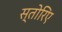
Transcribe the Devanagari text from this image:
स्तोरिए